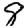
Digit: 8